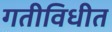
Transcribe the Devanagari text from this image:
गतीविधीत